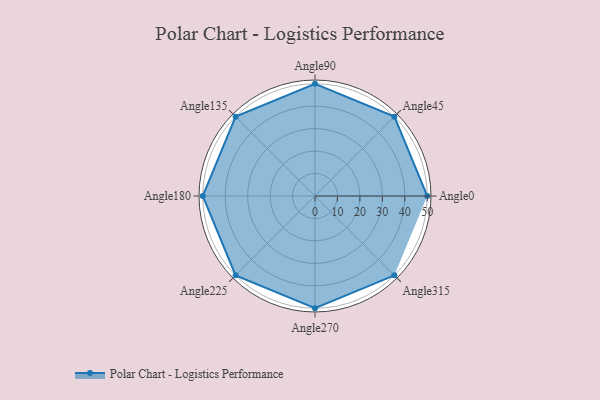
{"axis": {"x": "Angle", "y": "Radius"}, "legend": [""], "data": [{"x": "Angle0", "y": 50, "type": ""}, {"x": "Angle45", "y": 50, "type": ""}, {"x": "Angle90", "y": 50, "type": ""}, {"x": "Angle135", "y": 50, "type": ""}, {"x": "Angle180", "y": 50, "type": ""}, {"x": "Angle225", "y": 50, "type": ""}, {"x": "Angle270", "y": 50, "type": ""}, {"x": "Angle315", "y": 50, "type": ""}]}